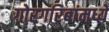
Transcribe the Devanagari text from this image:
गोरगरिबांमध्ये